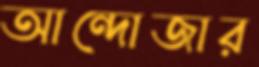
আন্দোজার